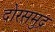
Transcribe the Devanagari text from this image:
दोरसमुद्र